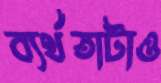
ব্যর্থতাটাও